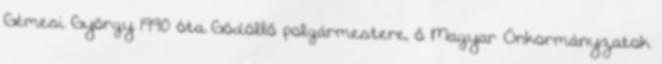
Gémesi György 1990 óta Gödöllő polgármestere, ő Magyar Önkormányzatok